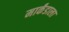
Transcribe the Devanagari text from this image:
मार्कंडाला